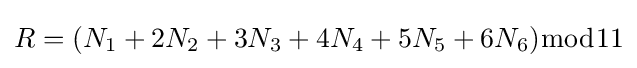
R=(N_{1}+2N_{2}+3N_{3}+4N_{4}+5N_{5}+6N_{6}){\bmod {1}}1